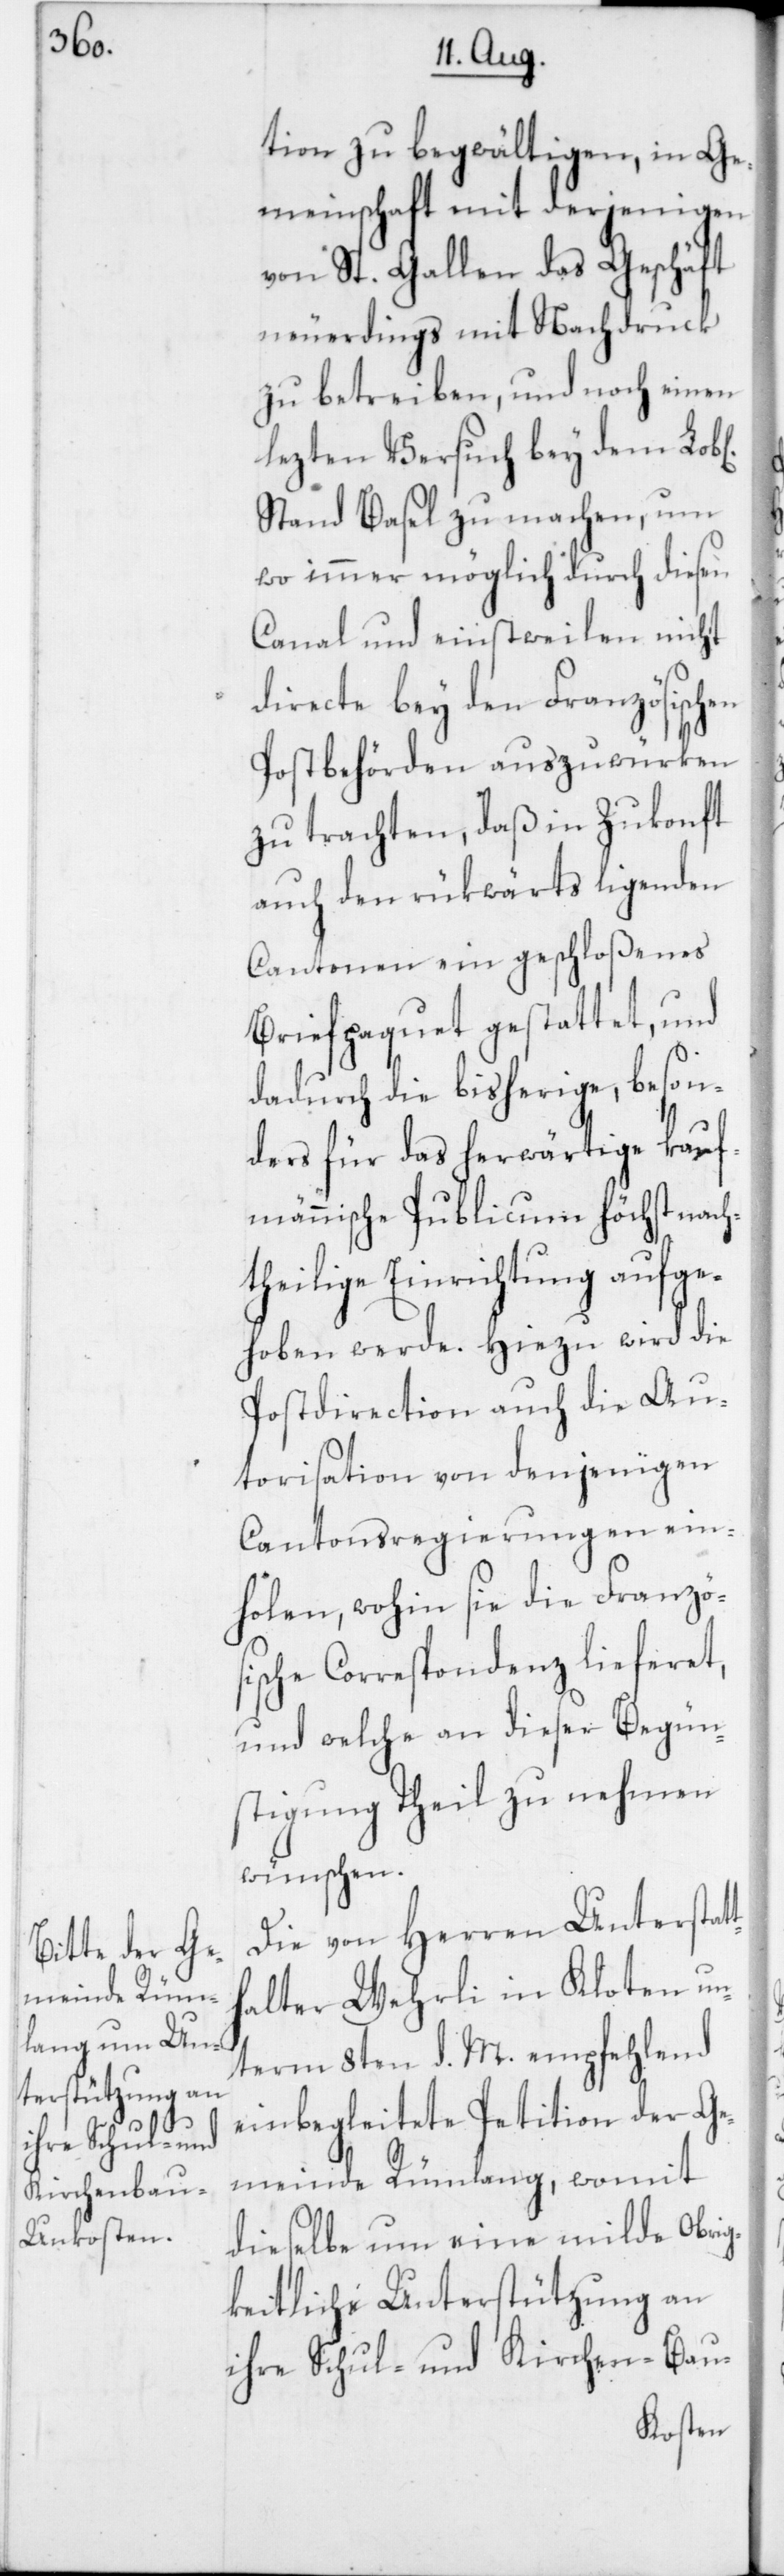
t¬

tion zu begwältigen, in Ge¬
meinschaft mit derjenigen
von St. Gallen das Geschäft
neuerdings mit Nachdruck
zu betreiben, und noch einen
lezten Versuch bey dem Lob[l¬
Stand Basel zu machen, um
wo immer möglich durch diesen
Canal und einstweilen nicht
directe bey den Französischen
Postbehörden auszuwürken
zu trachten, daß in Zukonft
auch den rükwärts ligenden
Cantonen ein geschloßenes
Briefpaquet gestattet, und
dadurch die bisherige, beson¬
ders für das herwärtige kauf¬
männische Publicum höchst nach¬
theilige Einrichtung aufge¬
hoben werde. Hiezu wird die
Postdirection auch die Au¬
torisation von denjenigen
Cantonsregierungen ein¬
holen, wohin sie die Französ¬
ische Correspondenz lieferet,
und welche an dieser Begün¬
stigung Theil zu nehmen
wünschen.
Die von Herren Unterstat¬
halter Wehrli in Kloten un¬
term 8ten d. M. empfehlend
einbegleitete Petiton der Ge¬
meinde Rümlang, womit
dieselbe um eine milde Obrig¬
keitliche Unterstützung an
ihre Schul- und Kirchen-Bau-